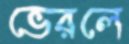
ভেরলে